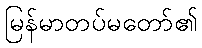
မြန်မာတပ်မတော်၏